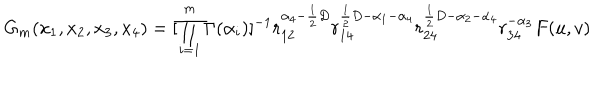
LaTeX: G _ { m } ( x _ { 1 } , x _ { 2 } , x _ { 3 } , x _ { 4 } ) = [ \prod _ { i = 1 } ^ { m } \Gamma ( \alpha _ { i } ) ] ^ { - 1 } r _ { 1 2 } ^ { \alpha _ { 4 } - \frac { 1 } { 2 } D } r _ { 1 4 } ^ { \frac { 1 } { 2 } D - \alpha _ { 1 } - \alpha _ { 4 } } r _ { 2 4 } ^ { \frac { 1 } { 2 } D - \alpha _ { 2 } - \alpha _ { 4 } } r _ { 3 4 } ^ { - \alpha _ { 3 } } F ( u , v )